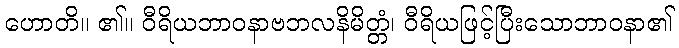
ဟောတိ။ ၏။ ဝီရိယဘာဝနာဗဘလနိမိတ္တံ၊ ဝီရိယဖြင့်ပြီးသောဘာဝနာ၏